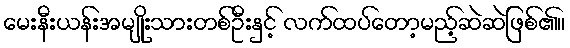
မေးနီးယန်းအမျိုးသားတစ်ဦးနှင့် လက်ထပ်တော့မည့်ဆဲဆဲဖြစ်၏။